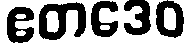
ဧတဒေဝ